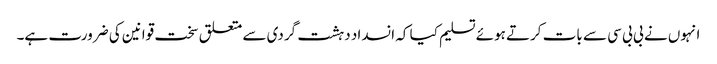
انہوں نے بی بی سی سے بات کرتے ہوئے تسلیم کیا کہ انسداد دہشت گردی سے متعلق سخت قوانین کی ضرورت ہے۔